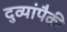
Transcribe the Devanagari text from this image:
दुव्यांपैकी